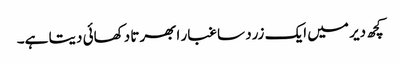
کچھ دیر میں ایک زرد سا غبار ابھرتا دکھائی دیتا ہے۔